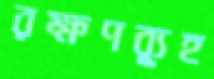
রক্ষণব্যূহ